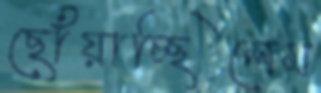
ছোঁয়াচ্ছিলেম